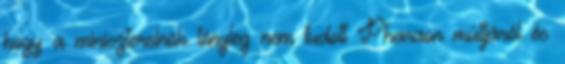
hogy a miniszterelnök tényleg nem tudott Pharaon múltjáról és